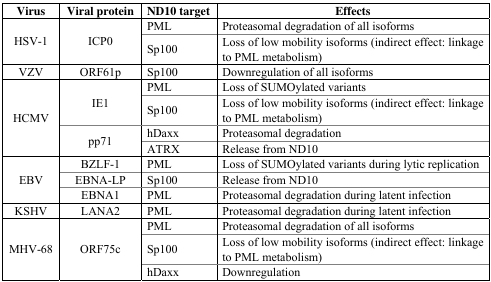
| Virus | Viral protein | ND10 target | Effects |
 | --- | --- | --- | --- |
 | <ROWSPAN=2> HSV-1 | <ROWSPAN=2> ICP0 | PML | Proteasomal degradation of all isoforms |
 | Sp100 | Loss of low mobility isoforms (indirect effect: linkage to PML metabolism) |
 | VZV | ORF61p | Sp100 | Downregulation of all isoforms |
 | <ROWSPAN=4> HCMV | <ROWSPAN=2> IE1 | PML | Loss of SUMOylated variants |
 | Sp100 | Loss of low mobility isoforms (indirect effect: linkage to PML metabolism) |
 | <ROWSPAN=2> pp71 | hDaxx | Proteasomal degradation |
 | ATRX | Release from ND10 |
 | <ROWSPAN=3> EBV | BZLF-1 | PML | Loss of SUMOylated variants during lytic replication |
 | EBNA-LP | Sp100 | Release from ND10 |
 | EBNA1 | PML | Proteasomal degradation during latent infection |
 | KSHV | LANA2 | PML | Proteasomal degradation during latent infection |
 | <ROWSPAN=3> MHV-68 | <ROWSPAN=3> ORF75c | PML | Proteasomal degradation of all isoforms |
 | Sp100 | Loss of low mobility isoforms (indirect effect: linkage to PML metabolism) |
 | hDaxx | Downregulation |